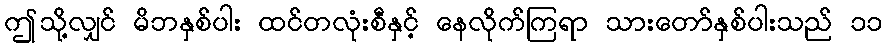
ဤသို့လျှင် မိဘနှစ်ပါး ထင်တလုံးစီနှင့် နေလိုက်ကြရာ သားတော်နှစ်ပါးသည် ၁၁